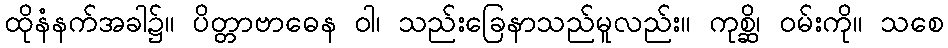
ထိုနံနက်အခါ၌။ ပိတ္တာဗာဓေန ဝါ၊ သည်းခြေနာသည်မူလည်း။ ကုစ္ဆိ၊ ဝမ်းကို။ သစေ